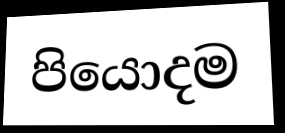
පියොදම